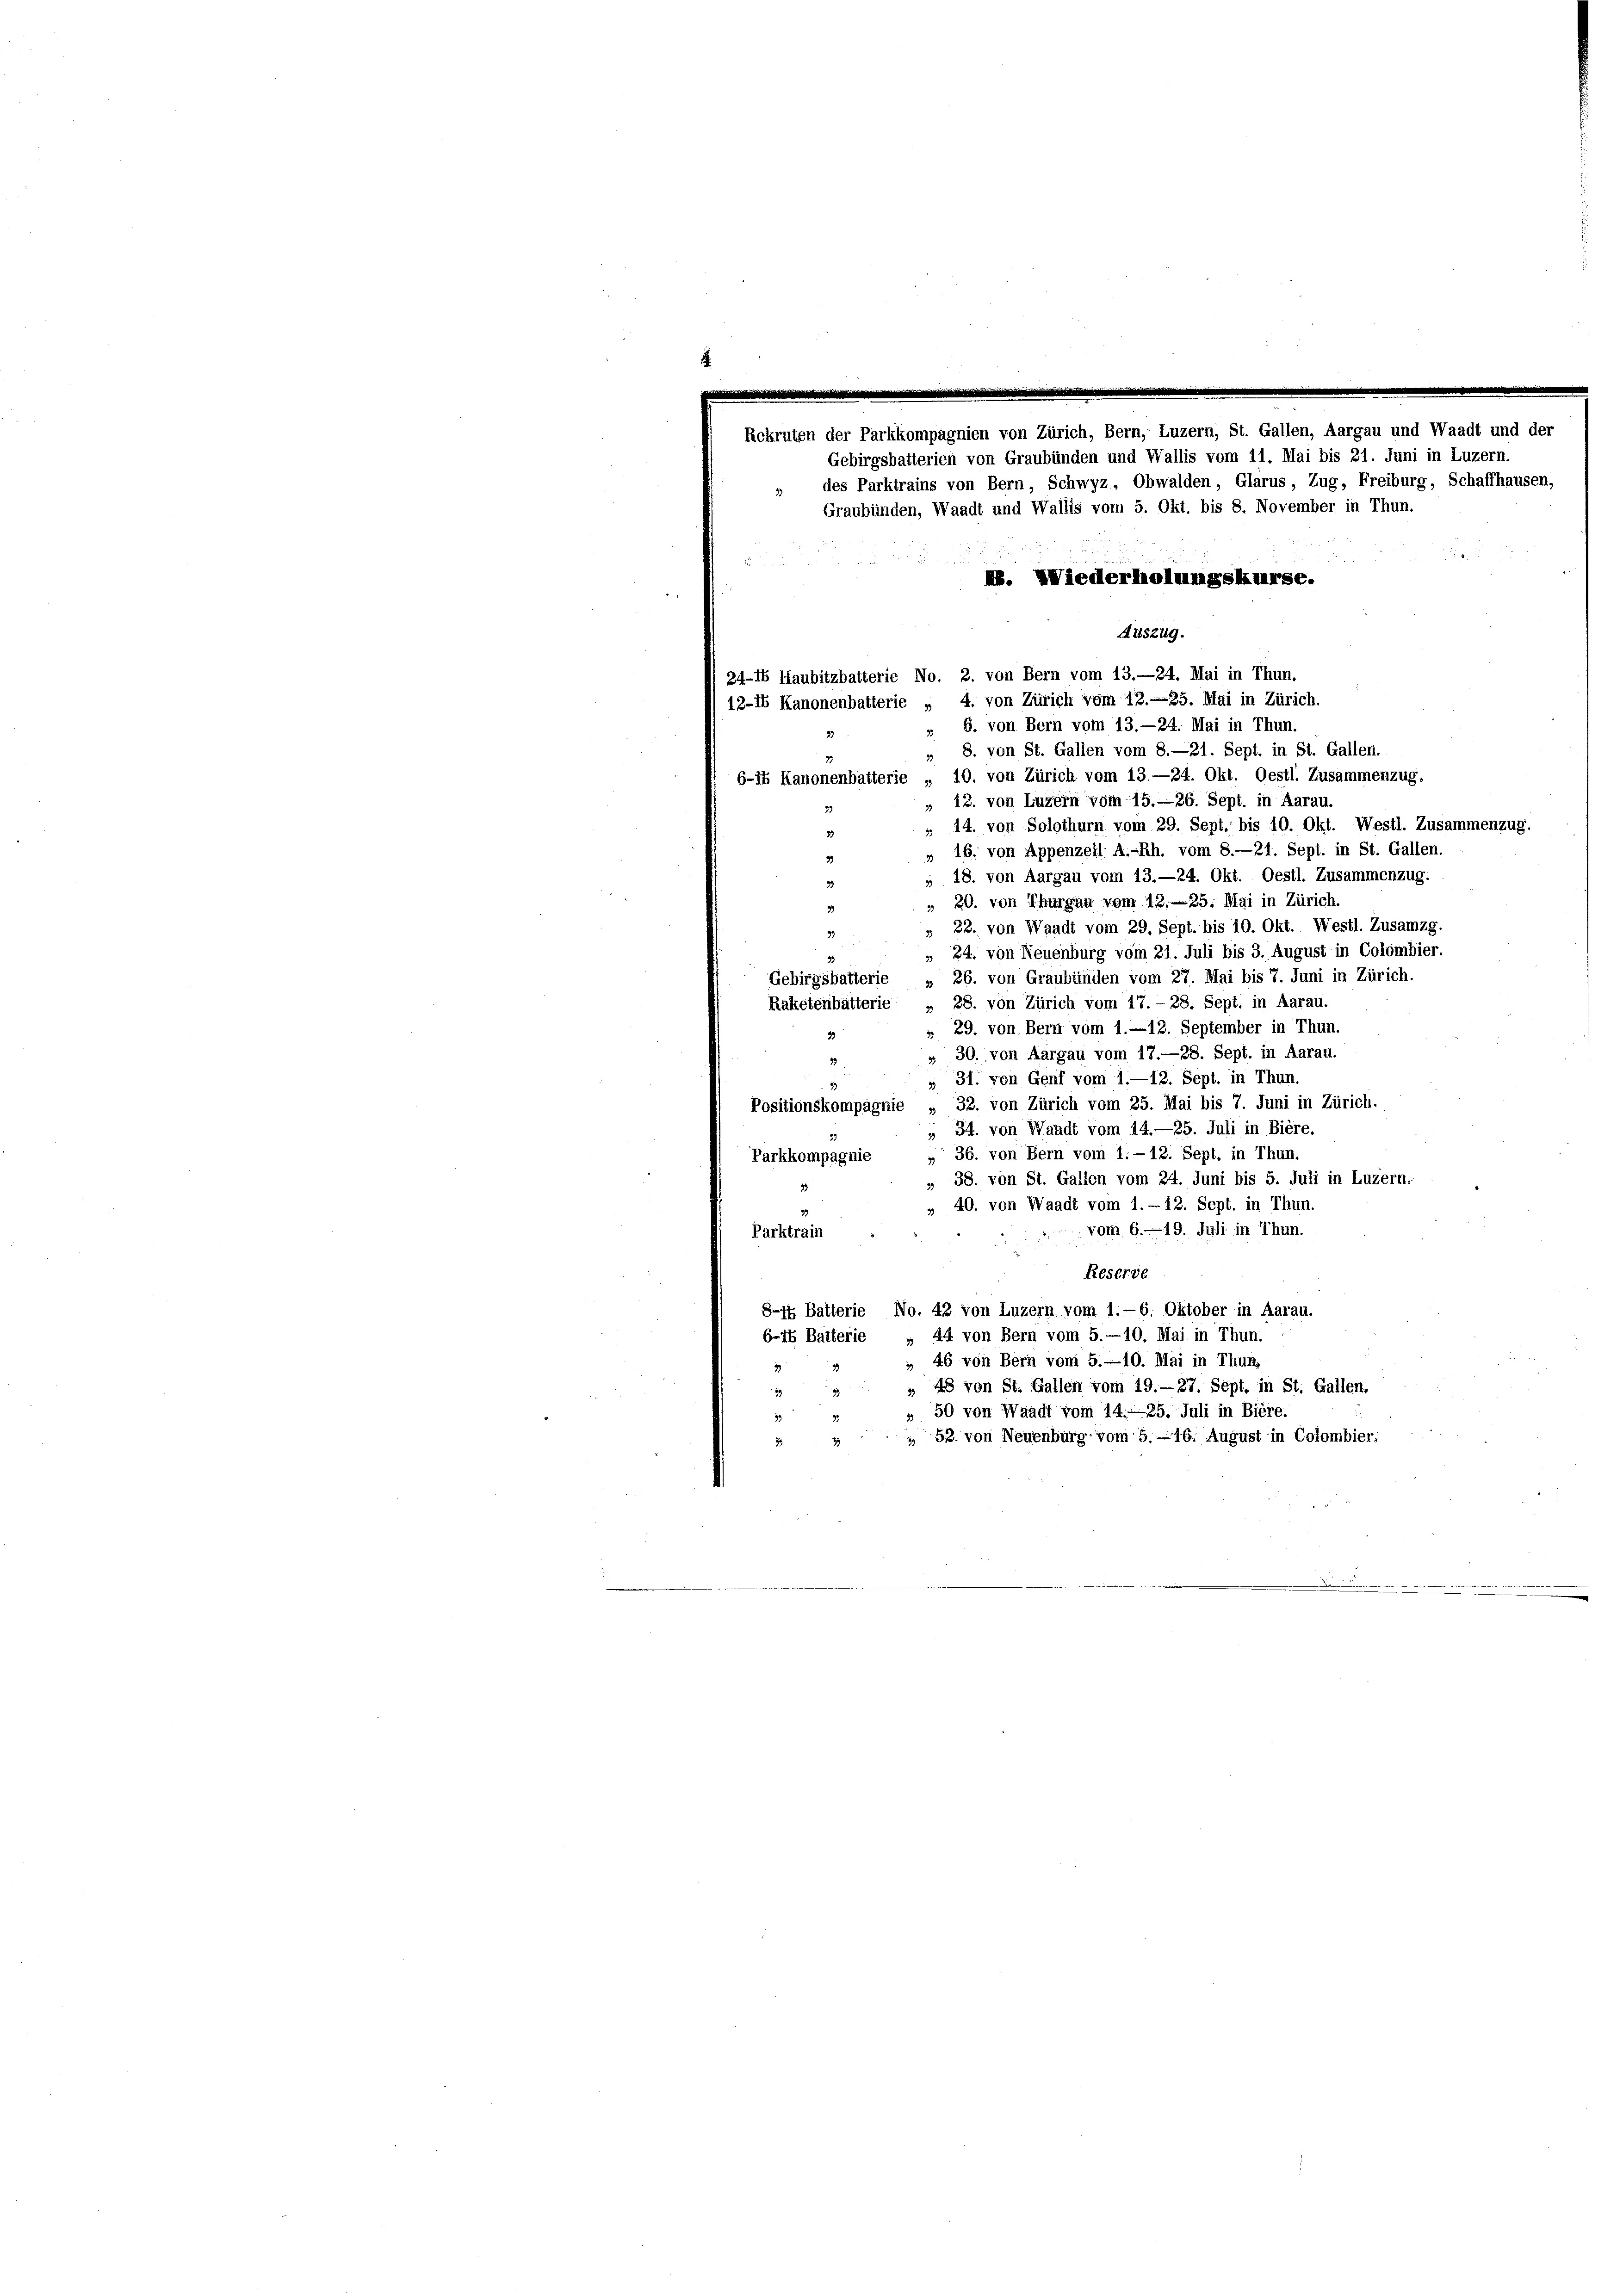
.
.
i
Rekruten der Parkkompagnien von Zürich, Bern, Luzern, St. Gallen, Aargau und Waadt und der
Gebirgsbatterien von Graubünden und Wallis vom 11. Mai bis 21. Juni in Luzern.
» des Parktrains von Bern, Schwyz, Obwalden, Glarus, Zug, Freiburg, Schaffhausen,
Graubünden, Waadt und Wallis vom 5. Okt. bis 8. November in Thun.
B. Wiederholungskurse.
Auszug.
24-1 Haubitzbatterie No. 2. von Bern vom 13. 24. Mai in Thun.
12-16 Kanonenbatterie „ 4. von Zürich vom 12. —25. Mai in Zürich.
" 6. von Bern vom 13.—24. Mai in Thun.
8. von St. Gallen vom 8.—21. Sept. in St. Gallen.
33.
6-18 Kanonenbatterie „ 10. von Zürich vom 13. —24. Okt. Oestl. Zusammenzug.
„ 12. von Luzern vom 15.—26. Sept. in Aarau.
 14. von Solothurn vom 29. Sept. bis 10. Okt. Westl. Zusammenzug,
» 16. von Appenzell A.-Rh. vom 8.—21. Sept. in St. Gallen.
33
 18. von Aargau vom 13.—24. Okt. Oestl. Zusammenzug.
" 20. von Thurgau vom 13. 25. Mai in Zürich.
22. von Waadt vom 29. Sept. bis 10. Okt. Westl. Zusamzg.
33
35
24. von Neuenburg vom 21. Juli bis 3. August in Colombier.
Gebirgsbatterie , 26. von Graubünden vom 27. Mai bis 7. Juni in Zürich.
Raketenbätterie „ 28. von Zürich vom 17. - 28, Sept. in Aarau.

* 29. von Bern vom 1.12. September in Thun.
30. von Aargau vom 17.—28. Sept. in Aarau.
 31. von Genf vom 1.—12. Sept. in Thun.
Positionskompagnie „ 32. von Zürich vom 25. Mai bis 7. Juni in Zürich.
34. von Waadt vom 14.—25. Juli in Biere.
Parkkompagnie „ 36. von Bern vom 1.-12. Sept. in Thun.
38. von St. Gallen vom 24. Juni bis 5. Juli in Luzern.
» 40. von Waadt vom 1. - 12. Sept. in Thun.
vom 6. 19. Juli in Thun.
Parktrain
Reserve
8-74 Batterie No. 42 von Luzern vom 1.- 6. Oktober in Aarau,
44 von Bern vom 5.—10. Mai in Thun.
6-18 Balterie
46 von Bern vom 5.—10. Mai in Thun.
" 48 von St. Gallen vom 19.—27. Sept. in St. Gallen,
50 von Waadt vom 14.—25. Juli in Biere.
 52. von Neuenburg vom 5. 16. August in Colombier;
33